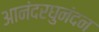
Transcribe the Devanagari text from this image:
आनंदरघुनंदन